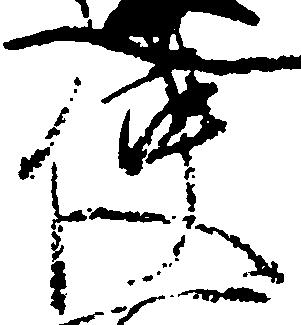
使